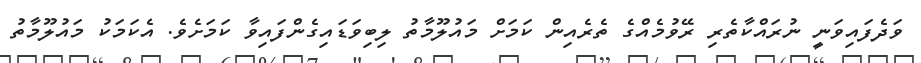
ވަދެފައިވަނީ ނުރައްކާތެރި ރޭވުމެއްގެ ތެރެއިން ކަމަށް މައުލޫމާތު ލިބިވަޑައިގެންފައިވާ ކަމަށެވެ. އެކަމަކު މައުލޫމާތު